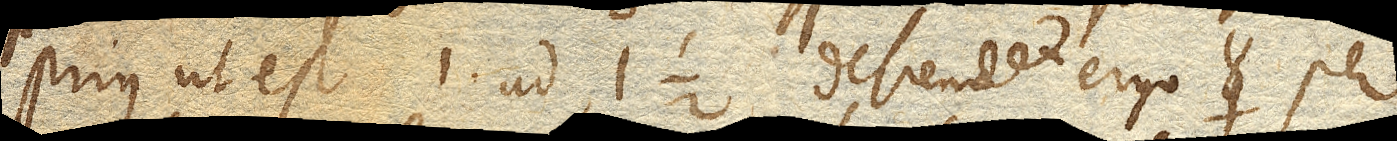
prius ut est 1 ad 1 ½ descendet ergo ☿ per